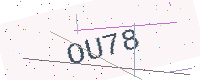
Text: OU78